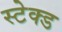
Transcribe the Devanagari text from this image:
स्टेक्ड